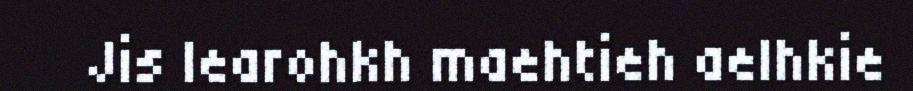
Jis learohkh maehtieh aelhkie